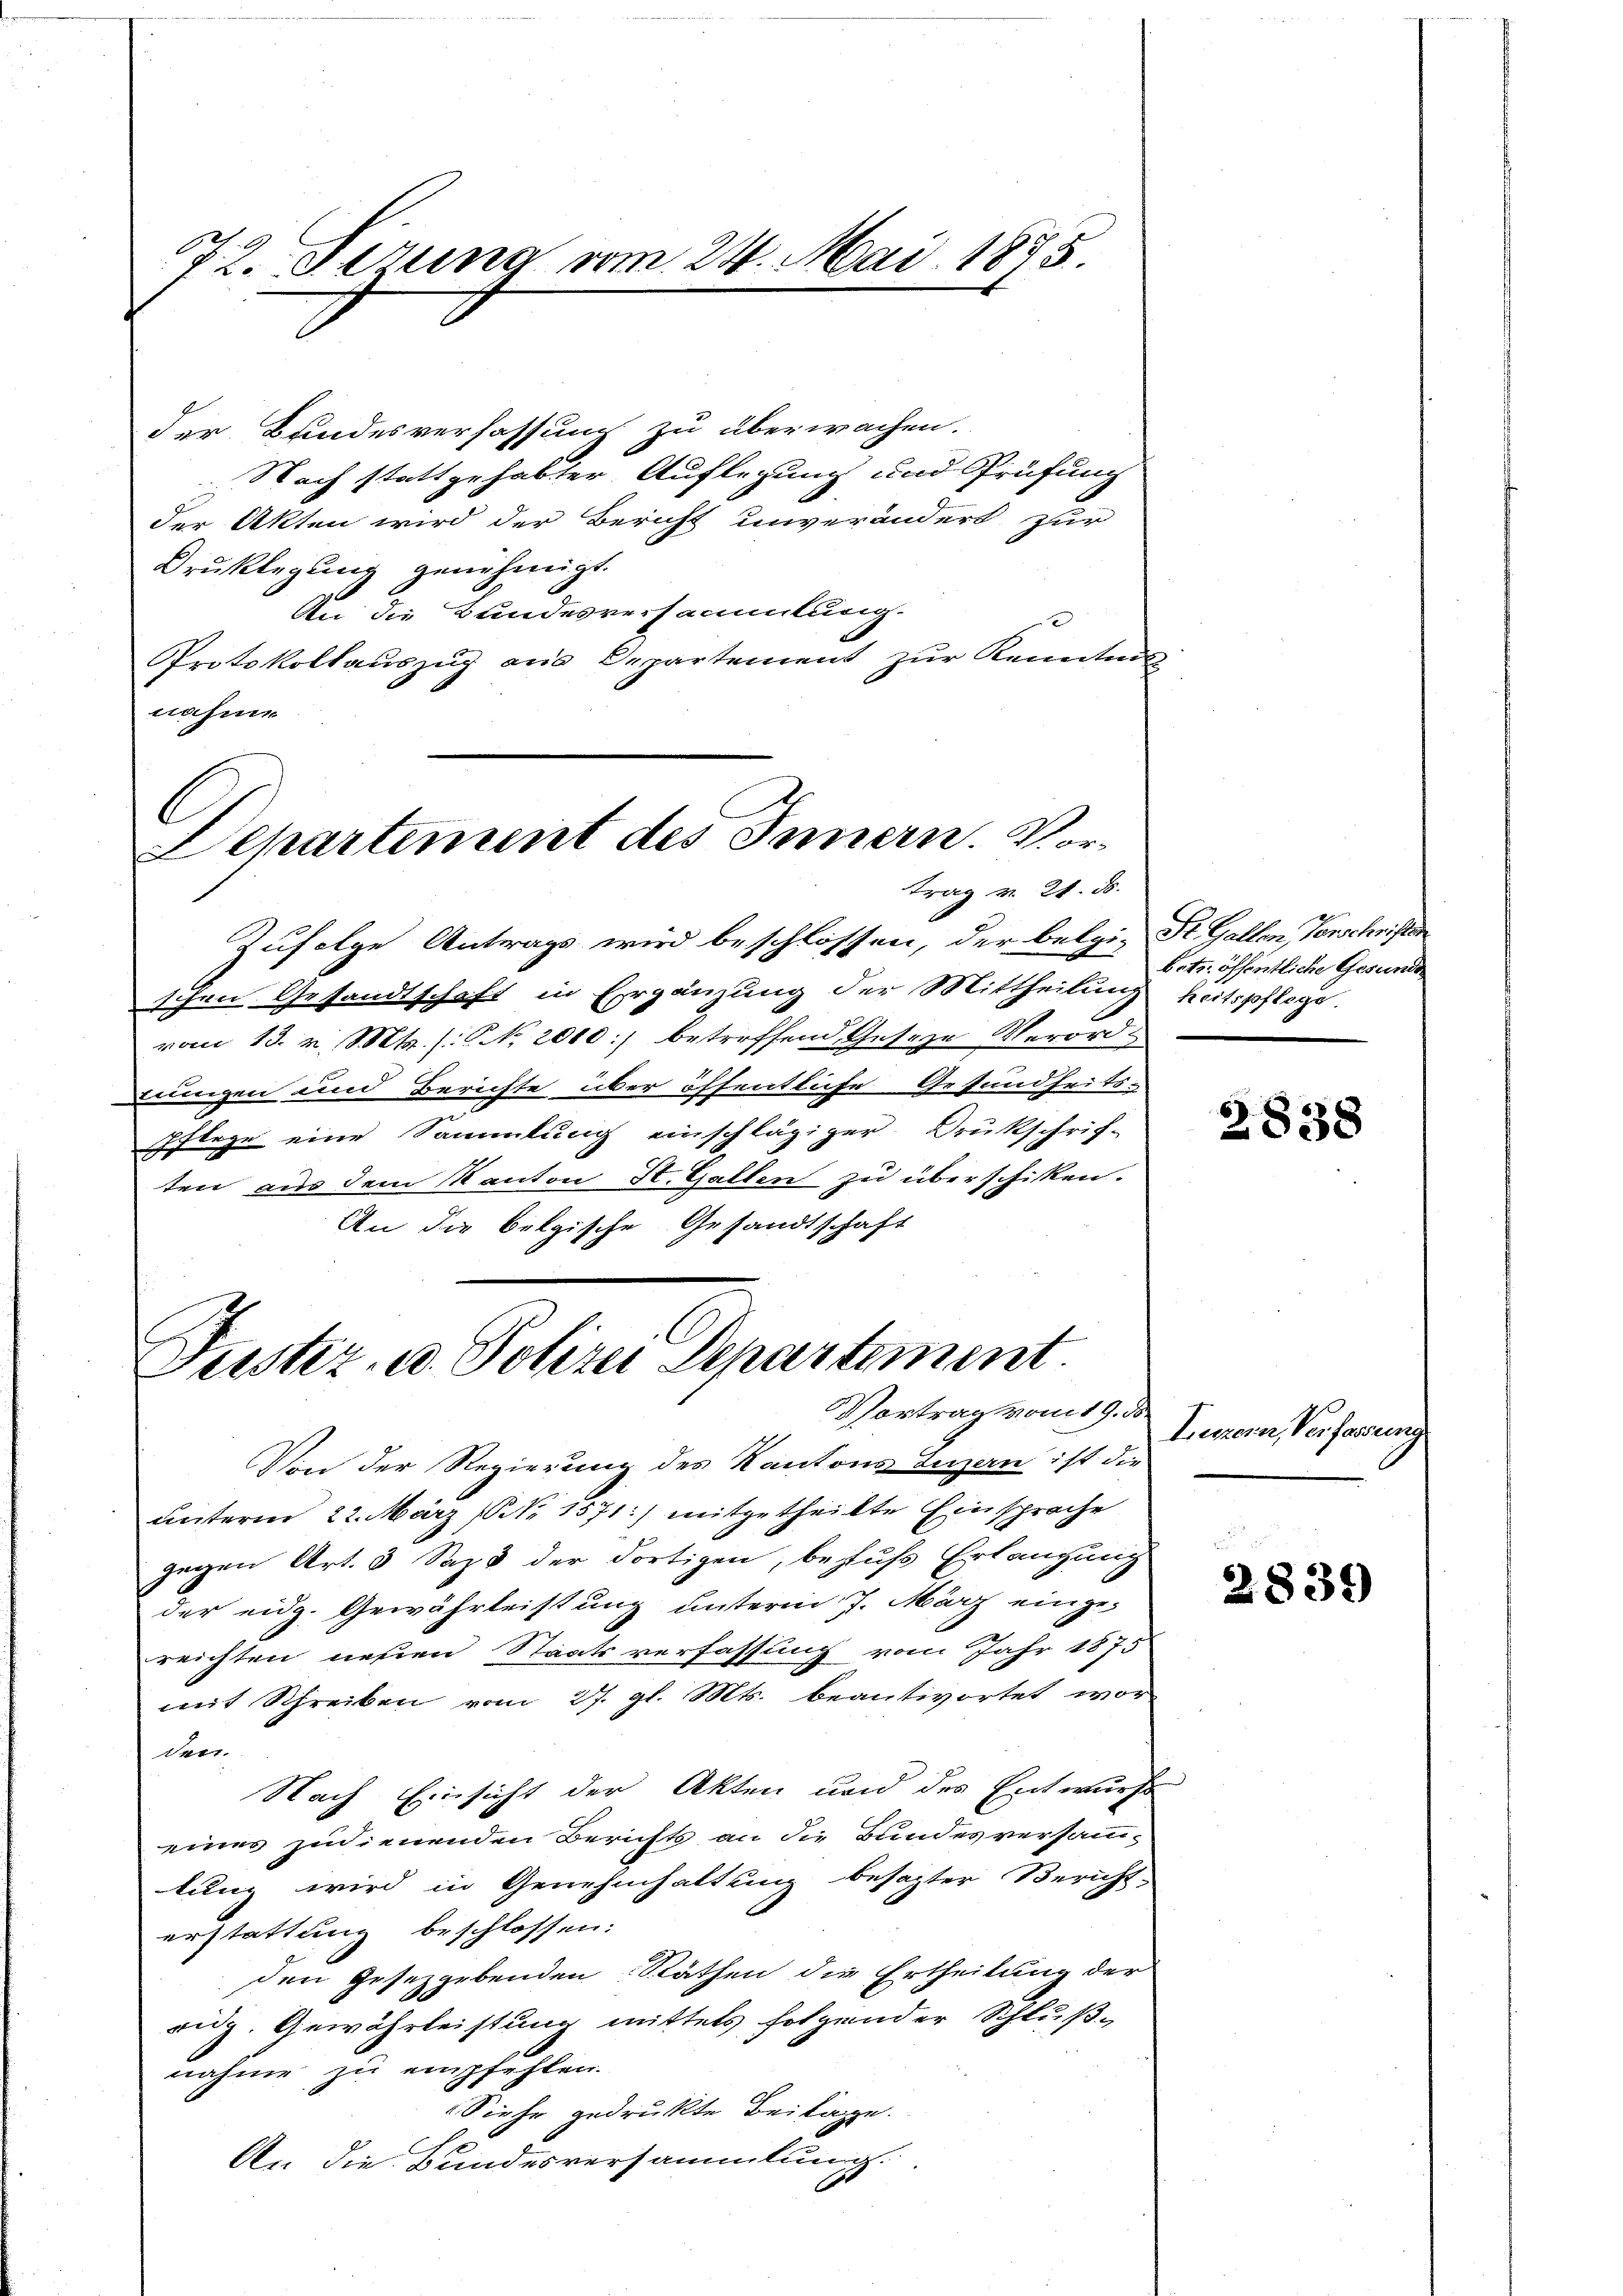
72. Ferung vom 24. Mai 1875.

Nach stattgehabter Auflegung und Prüfung
der Akten wird der Bericht unverändert zur
Bruklegung genehmigt.
An die Kundesversammlung.
Protokollauszug aus Departement zur Kenntni
nahmen
Zufolge Antrags wird beschlossen, der belgi-
schen Gesandtschaft in Ergänzung der Mittheilung heitspflege.
vom 13. v. Mts. (: No 2010 betreffend Geseze Verord-
erungen und Berichte über öffentliche Gesundheits-
pflege eine Sammlung einschlägiger Drukschrif-
ten aus dem Kanton St. Gallen zu überschicken.
An die belgische Gesandtschaft
Justiz- u. Polizei Departement.
Vortrag vom 19. ds.
Von der Regierung des Kantons Luzern ist die
unterm 22. März (Nr. 1571) mitgetheilte Einsprache
gegen Art. 3 Saps der dortigen, behufs Erlangung
der eidg. Gewährleistung unterm 7. März einge-
reichten neuen Staatsverfassung vom Jahr 1875
mit Schreiben vom 27. gl. Mts. beantwortet wor
den.
Nach Einsicht der Akten und des Entwurf
eines zudienenden Berichts an die Bundesversamm-
tung wird in Genehmhaltung besagter Bericht-
erstattung beschlossen:
den Gesetzgebenden Räthen die Ertheilung der
eidg. Gewährleistung mittels folgender Schlußnahme zu empfehlen.
Siehe gedrukte Beilage.
An die Bundesversammlung.
.

der Bundesverfassung zu überwachen.

.
Departement des Innern. Vortrag v. 24. ds.

St. Gallen Vorschwister
betr. öffentliche Gesunde

2838

Luzern, Verfassung

a
2839